Indian journal of veterinary science and animal husbandry - Volume 11,
Year: 1941
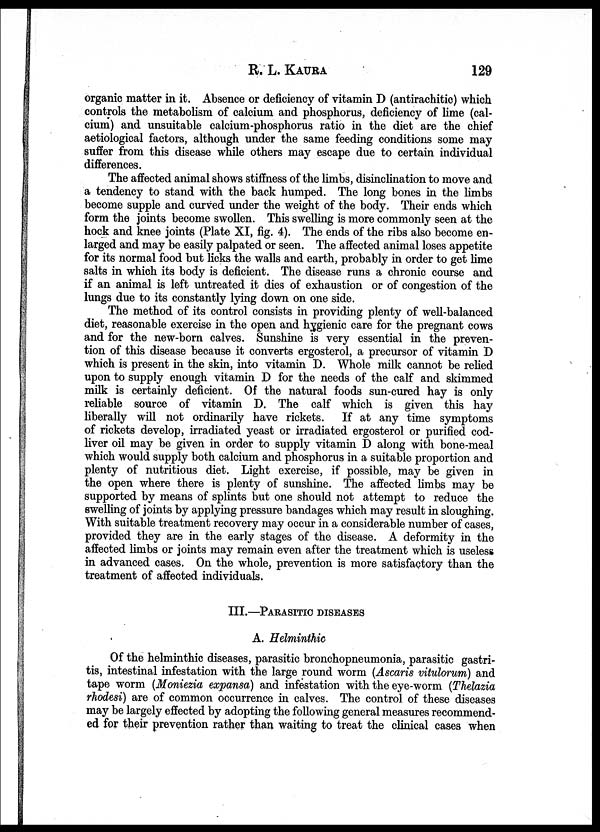
R. L.
KAURA
129
organic matter in it. Absence or deficiency of vitamin D (antirachitic) which
controls the metabolism of calcium and phosphorus, deficiency of lime (cal-
cium) and unsuitable calcium-phosphorus ratio in the diet are the chief
aetiological factors, although under the same feeding conditions some may
suffer from this disease while others may escape due to certain individual
differences.
The affected animal shows stiffness of the limbs, disinclination to move and
a tendency to stand with the back humped. The long bones in the limbs
become supple and curved under the weight of the body. Their ends which
form the joints become swollen. This swelling is more commonly seen at the
hock and knee joints (Plate XI, fig. 4). The ends of the ribs also become en-
larged and may be easily palpated or seen. The affected animal loses appetite
for its normal food but licks the walls and earth, probably in order to get lime
salts in which its body is deficient. The disease runs a chronic course and
if an animal is left untreated it dies of exhaustion or of congestion of the
lungs due to its constantly lying down on one side.
The method of its control consists in providing plenty of well-balanced
diet, reasonable exercise in the open and hygienic care for the pregnant cows
and for the new-born calves. Sunshine is very essential in the preven-
tion of this disease because it converts ergosterol, a precursor of vitamin D
which is present in the skin, into vitamin D. Whole milk cannot be relied
upon to supply enough vitamin D for the needs of the calf and skimmed
milk is certainly deficient. Of the natural foods sun-cured hay is only
reliable source of vitamin D. The calf which is given this hay
liberally will not ordinarily have rickets. If at any time symptoms
of rickets develop, irradiated yeast or irradiated ergosterol or purified cod-
liver oil may be given in order to supply vitamin D along with bone-meal
which would supply both calcium and phosphorus in a suitable proportion and
plenty of nutritious diet. Light exercise, if possible, may be given in
the open where there is plenty of sunshine. The affected limbs may be
supported by means of splints but one should not attempt to reduce the
swelling of joints by applying pressure bandages which may result in sloughing.
With suitable treatment recovery may occur in a considerable number of cases,
provided they are in the early stages of the disease. A deformity in the
affected limbs or joints may remain even after the treatment which is useless
in advanced cases. On the whole, prevention is more satisfactory than the
treatment of affected individuals.
III.—PARASITIC DISEASES
A. Helminthic
Of the helminthic diseases, parasitic bronchopneumonia, parasitic gastri-
tis, intestinal infestation with the large round worm (Ascaris vitulorum) and
tape worm (Moniezia expansa) and infestation with the eye-worm (Thelazia
rhodesi) are of common occurrence in calves. The control of these diseases
may be largely effected by adopting the following general measures recommend-
ed for their prevention rather than waiting to treat the clinical cases when